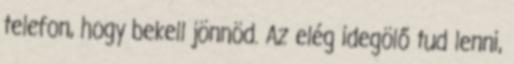
telefon, hogy bekell jönnöd. Az elég idegölő tud lenni,